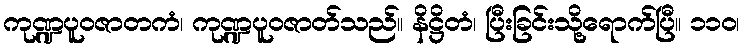
ကုဏ္ဍပူဝဇာတကံ၊ ကုဏ္ဍပူဝဇာတ်သည်။ နိဋ္ဌိတံ၊ ပြီးခြင်းသို့ရောက်ပြီ။ ၁၁၀၊